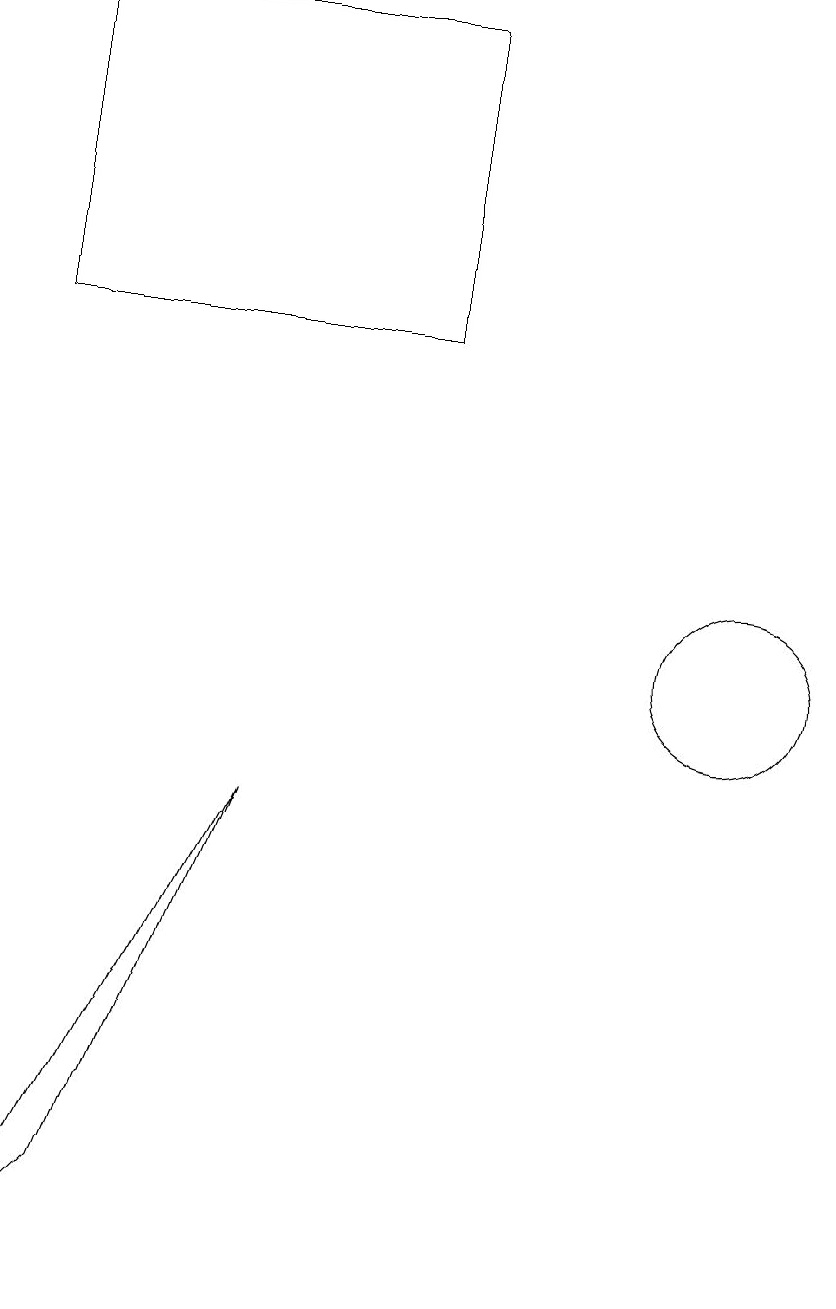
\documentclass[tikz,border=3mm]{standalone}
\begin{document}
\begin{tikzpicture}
\draw (10,11) circle (1);
\draw (1,3) -- (2,4) -- (4,9) -- cycle;
\draw (1,19) rectangle (6,15);
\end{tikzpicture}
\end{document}